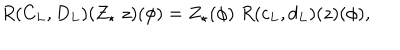
LaTeX: R ( C _ { L } , D _ { L } ) ( Z _ { \star } \; z ) ( \phi ) = Z _ { \star } ( \phi ) \; R ( c _ { L } , d _ { L } ) ( z ) ( \phi ) ,